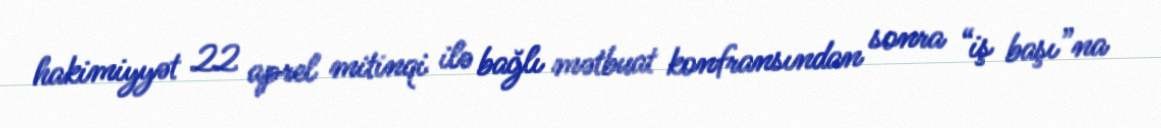
hakimiyyət 22 aprel mitinqi ilə bağlı mətbuat konfransından sonra “iş başı”na